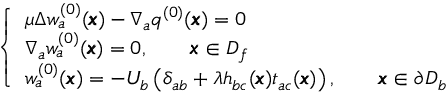
\left\{ \begin{array} { l l } { \mu \Delta w _ { a } ^ { ( 0 ) } ( { \pmb x } ) - \nabla _ { a } q ^ { ( 0 ) } ( { \pmb x } ) = 0 } \\ { \nabla _ { a } w _ { a } ^ { ( 0 ) } ( { \pmb x } ) = 0 , \qquad { \pmb x } \in D _ { f } } \\ { w _ { a } ^ { ( 0 ) } ( \pmb x ) = - U _ { b } \left( \delta _ { a b } + { \lambda } h _ { b c } ( { \pmb x } ) t _ { a c } ( { \pmb x } ) \right) , \qquad { \pmb x } \in \partial D _ { b } } \end{array} \right.